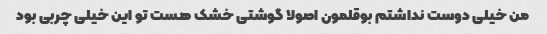
من خیلی دوست نداشتم بوقلمون اصولا گوشتی خشک هست تو این خیلی چربی بود